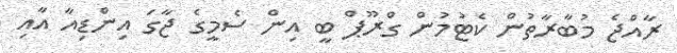
ރާއްޖެ މުބާރާތުން ކެޓުމުން ގްރޫޕް ބީ އިން ސެމީގެ ޖާގަ އިންޑިއާ އާއި